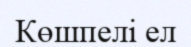
Көшпелі ел